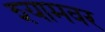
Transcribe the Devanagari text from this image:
श्यामवर